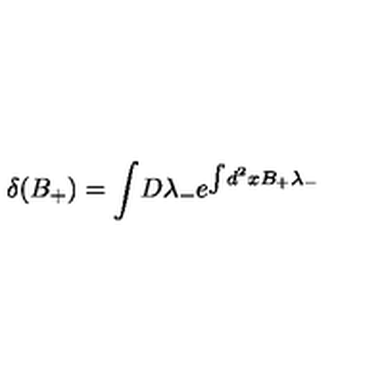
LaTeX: \delta ( B _ { + } ) = \int \! D \lambda _ { - } e ^ { \int \! d ^ { 2 } x B _ { + } \lambda _ { - } }